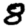
Digit: 8